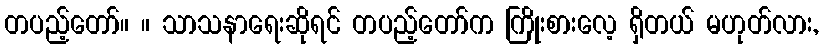
တပည့်တော်။ ။ သာသနာရေးဆိုရင် တပည့်တော်က ကြိုးစားလေ့ ရှိတယ် မဟုတ်လား,